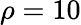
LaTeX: \rho=10